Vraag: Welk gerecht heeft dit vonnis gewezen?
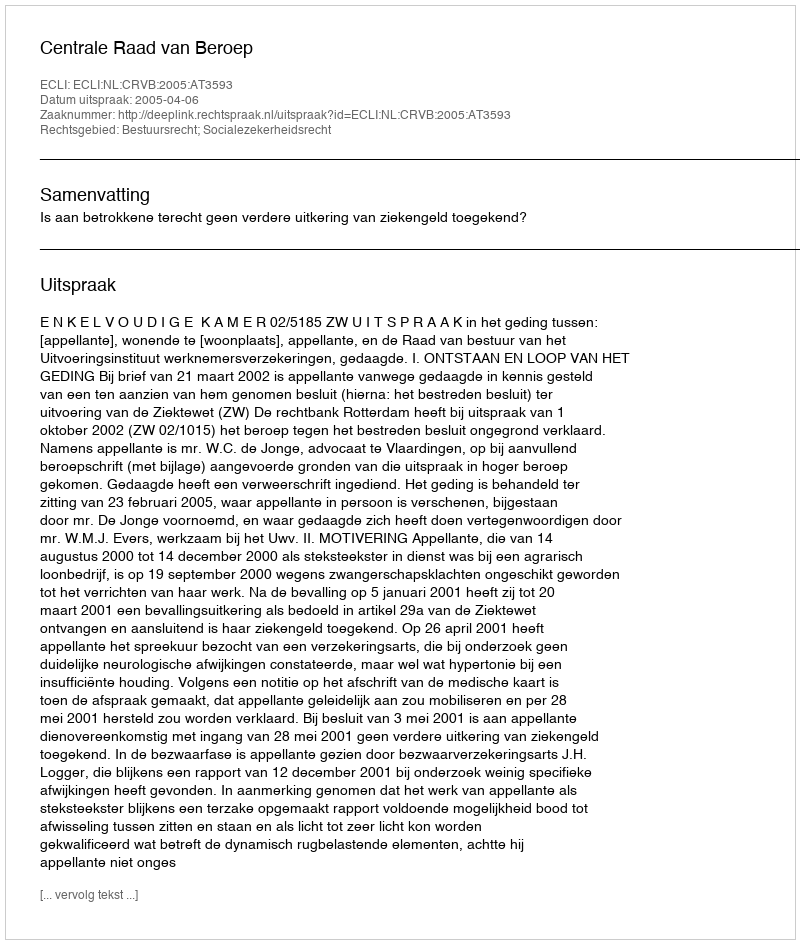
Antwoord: Centrale Raad van Beroep